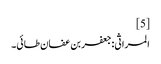
[5]
المراثی:جعفر بن عفان طائی۔